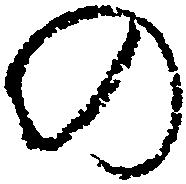
の